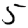
Digit: 5